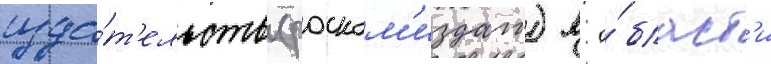
изда́т'ельств (роском'издат) в о́бласт'и